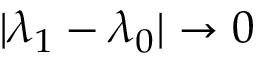
\vert \lambda _ { 1 } - \lambda _ { 0 } \vert \rightarrow 0